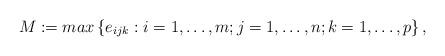
LaTeX: \begin{align*}M:=max\left\{ e_{ijk}:i=1,\mathellipsis ,m;j=1,\mathellipsis ,n;k=1,\mathellipsis ,p \right\},\end{align*}